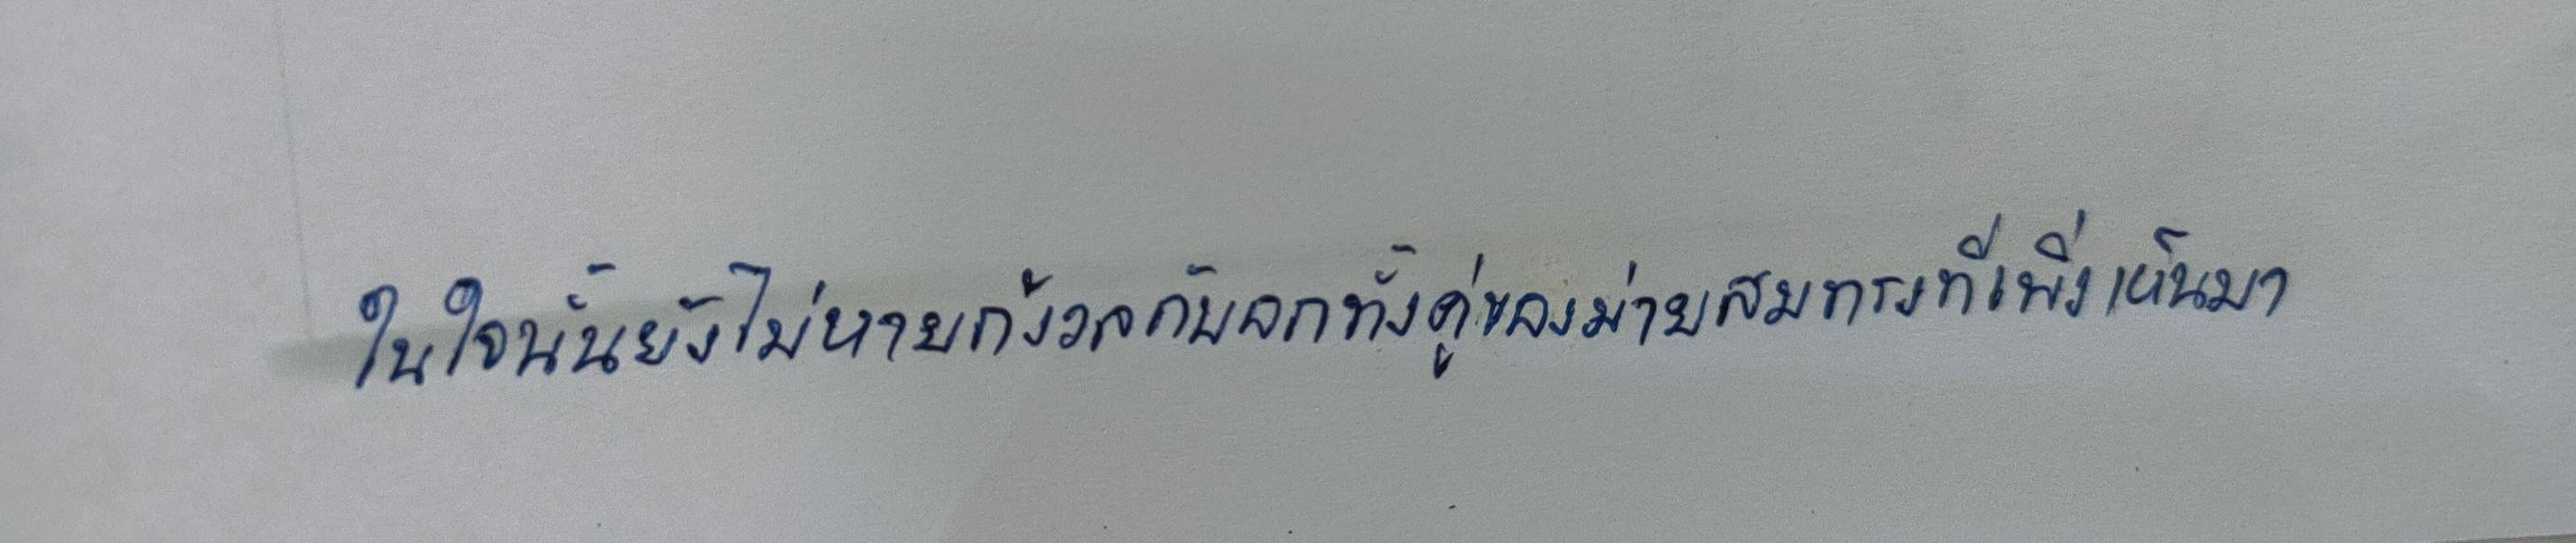
ในใจนั้นยังไม่หายกังวลกับอกทั้งคู่ของม่ายสมทรงที่เพิ่งเห็นมา